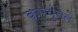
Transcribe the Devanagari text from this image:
कम्युनेल